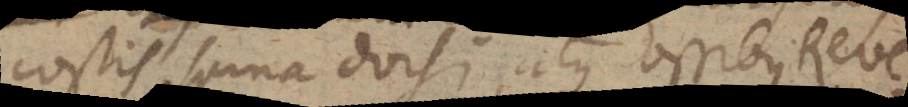
costis, spina dorsi, atque ossibus Reve